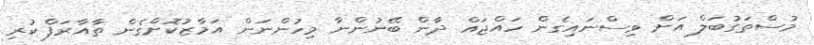
މުސްތަގުބަލް އަށް ވިސްނައިގެން ހައްޖައް ދާން ބޭނުންނާ މިހުންނަން އަމާޒުކޮށްގެން ތާއާރަފް ކުރި